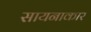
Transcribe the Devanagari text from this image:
सायनाकार